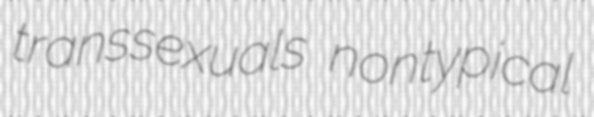
transsexuals nontypical